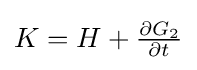
{\textstyle K=H+{\frac {\partial G_{2}}{\partial t}}}